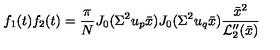
f _ { 1 } ( t ) f _ { 2 } ( t ) = \frac { \pi } { N } J _ { 0 } ( \Sigma ^ { 2 } u _ { p } \bar { x } ) J _ { 0 } ( \Sigma ^ { 2 } u _ { q } \bar { x } ) \frac { \bar { x } ^ { 2 } } { { \cal L } _ { 2 } ^ { \prime \prime } ( \bar { x } ) }